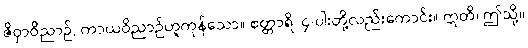
ဇိဝှာဝိညာဉ်, ကာယဝိညာဉ်ဟူကုန်သော။ စတ္တာရိ၊ ၄-ပါးတို့လည်းကောင်း။ ဣတိ၊ ဤသို့။